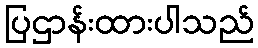
ပြဌာန်းထားပါသည်